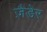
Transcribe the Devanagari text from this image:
ज़ैडेर